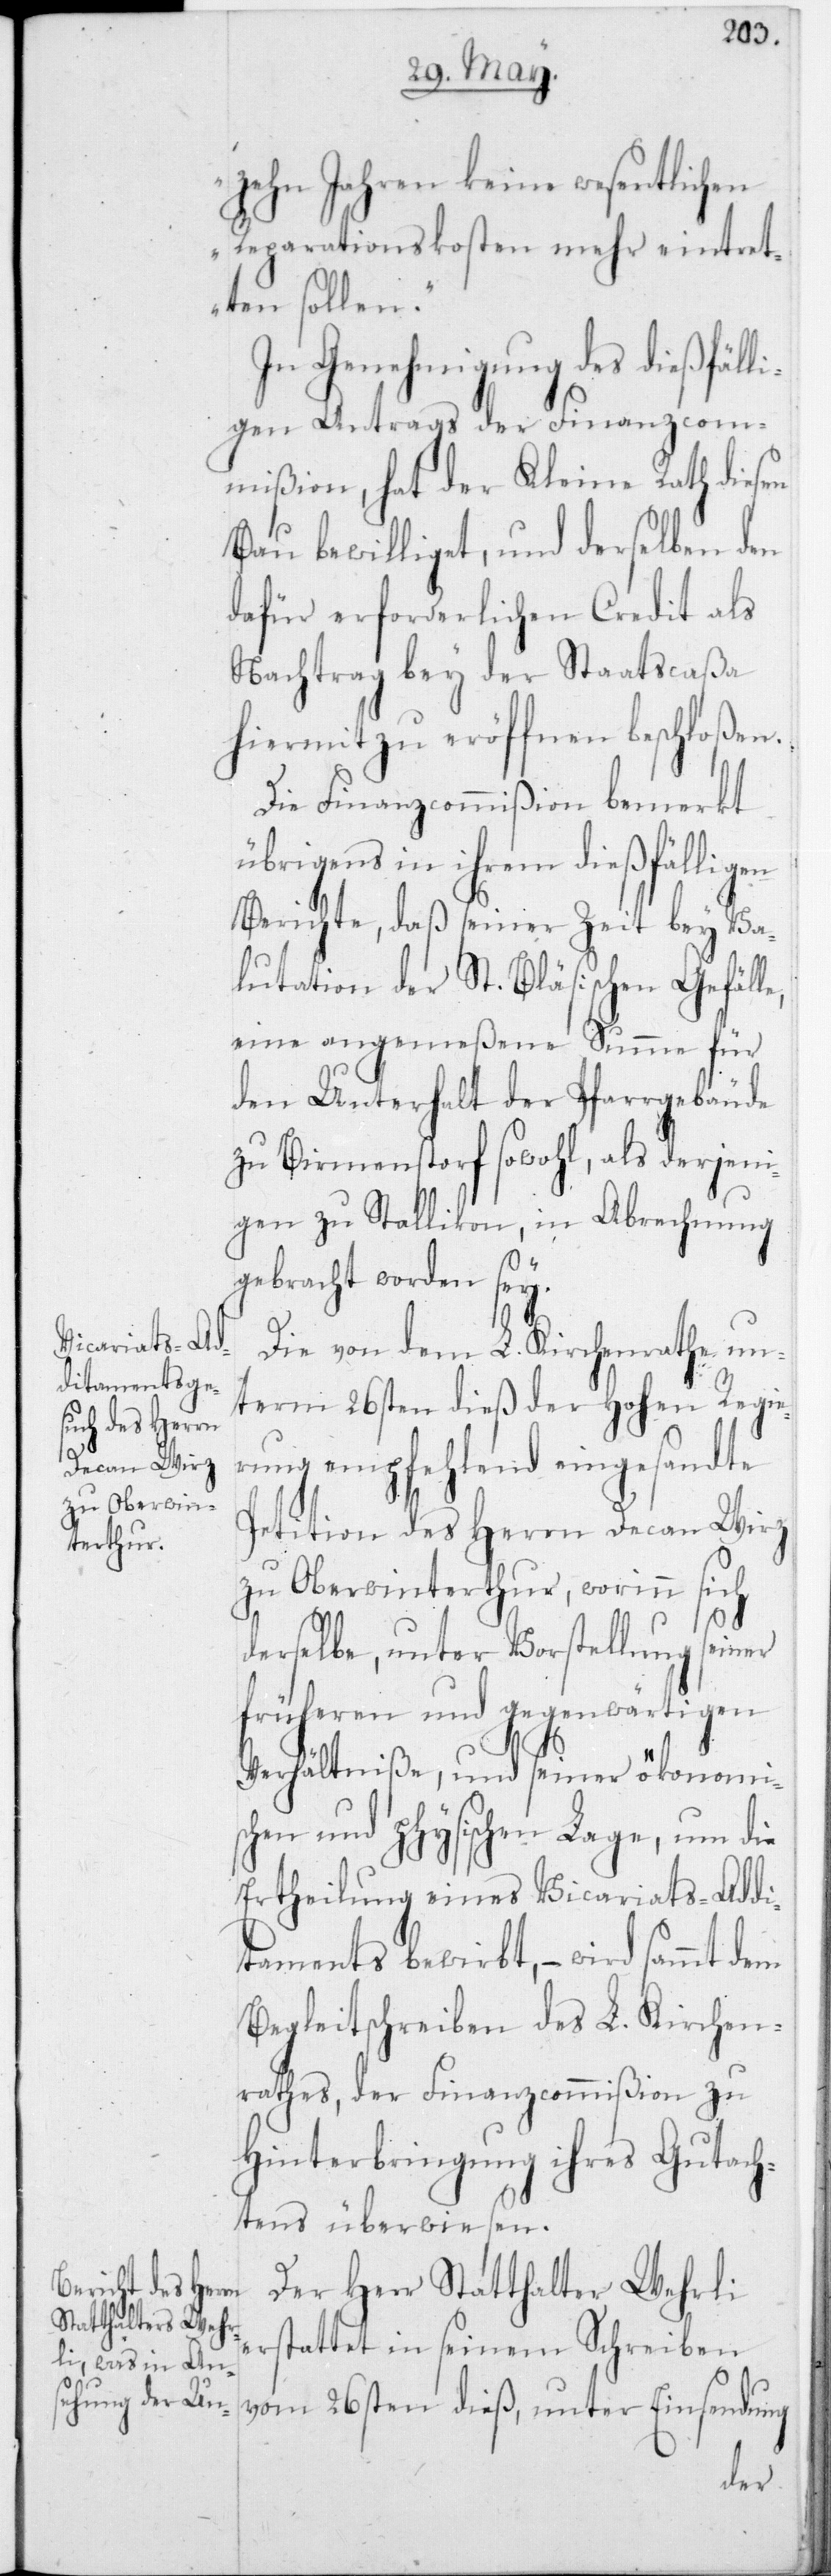
zehn Jahren keine wesentlichen
Reparationskosten mehr eintret¬
ten sollen“.
In Genehmigung des dießfälli¬
gen Antrags der Finanzcom¬
mißion hat der Kleine Rath diesen
Bau bewilliget, und derselben den
dafür erforderlichen Credit als
Nachtrag bey der Staatscaßa
hiermit zu eröffnen beschloßen.
Die Finanzcommißion bemerkt
übrigens in ihrem dießfälligen
Berichte, daß seiner Zeit bey Va¬
lutation der St. Bläsischen Gefälle,
eine angemeßene Summe für
den Unterhalt der Pfarrgebäude
zu Birmenstorf sowohl, als derjeni¬
gen zu Stallikon, in Abrechnung
gebracht worden sey.
Die von dem L. Kirchenrathe un¬
term 26sten dieß der Hohen Regie¬
rung empfehlend eingesandte
Petition des Herrn Decan Wirz
zu Oberwinterthur, worinn sich
derselbe, unter Vorstellung seiner
früheren und gegenwärtigen
Verhältniße, und seiner ökonomis¬
chen und physischen Lage, um die
Ertheilung eines Vicariats-Addi¬
taments bewirbt, – wird sammt dem
Begleitschreiben des L. Kirchen¬
rathes, der Finanzcommißion zu
Hinterbringung ihres Gutach¬
tens überwiesen.
Der Herr Statthalter Wehrli
erstattet in seinem Schreiben
vom 26sten dieß, unter Einsendung